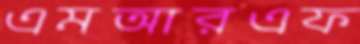
এমআরএফ